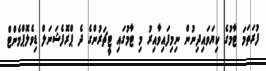
ފުރަތަމަ ޓާމުގެ ކިޔަވައިދިނުން ނިމިފައިވާއިރު މި ޓާމުގައި ޓީޗަރުންގެ ދެ ޕްރޮފެޝަނަލް ޑިވެލޮޕްމެންޓް